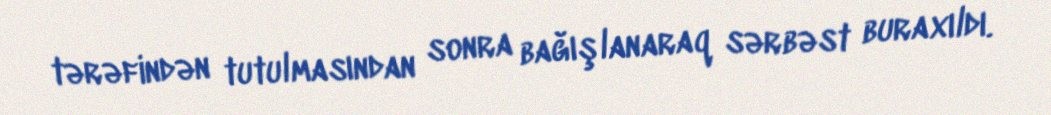
tərəfindən tutulmasından sonra bağışlanaraq sərbəst buraxıldı.